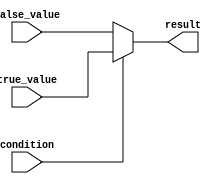
module conditional_operator (
    input wire condition,
    input wire [3:0] true_value,
    input wire [3:0] false_value,
    output reg [3:0] result
);

always @(*) begin
    result = (condition) ? true_value : false_value;
end

endmodule